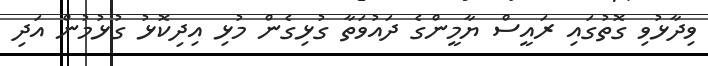
ވިދާޅުވި ގޮތުގައި ރައީސް ޔާމީންގެ ދައުވަތާ ގުޅިގެން މުޅި އިދިކޮޅު ގުުޅުމުން އަދި